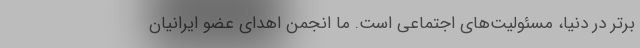
برتر در دنیا، مسئولیت‌های اجتماعی است. ما انجمن اهدای عضو ایرانیان